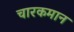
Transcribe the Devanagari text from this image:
चारकमान